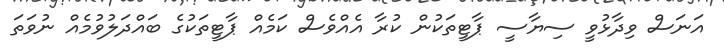
އަނަސް ވިދާޅުވީ ސިޔާސީ ޕާޓީތަކުން ކުރާ އެއްވެސް ކަމެއް ޕާޓީތަކުގެ ބައްދަލުވުމެއް ނުވަތަ